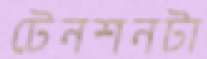
টেনশনটা